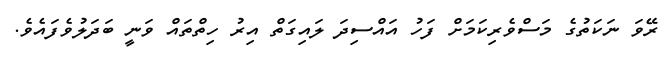
ރޭވަ ނަކަތުގެ މަސްވެރިކަމަށް ފަހު އައްސިދަ ލައިގަތް އިރު ހިތްތައް ވަނީ ބަދަލުވެފައެވެ.